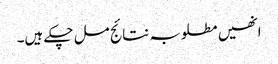
انھیں مطلوبہ نتائج مل چکے ہیں۔